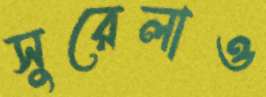
সুরেলাও